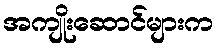
အကျိုးဆောင်များက